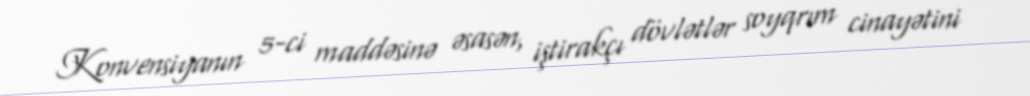
Konvensiyanın 5-ci maddəsinə əsasən, iştirakçı dövlətlər soyqrım cinayətini